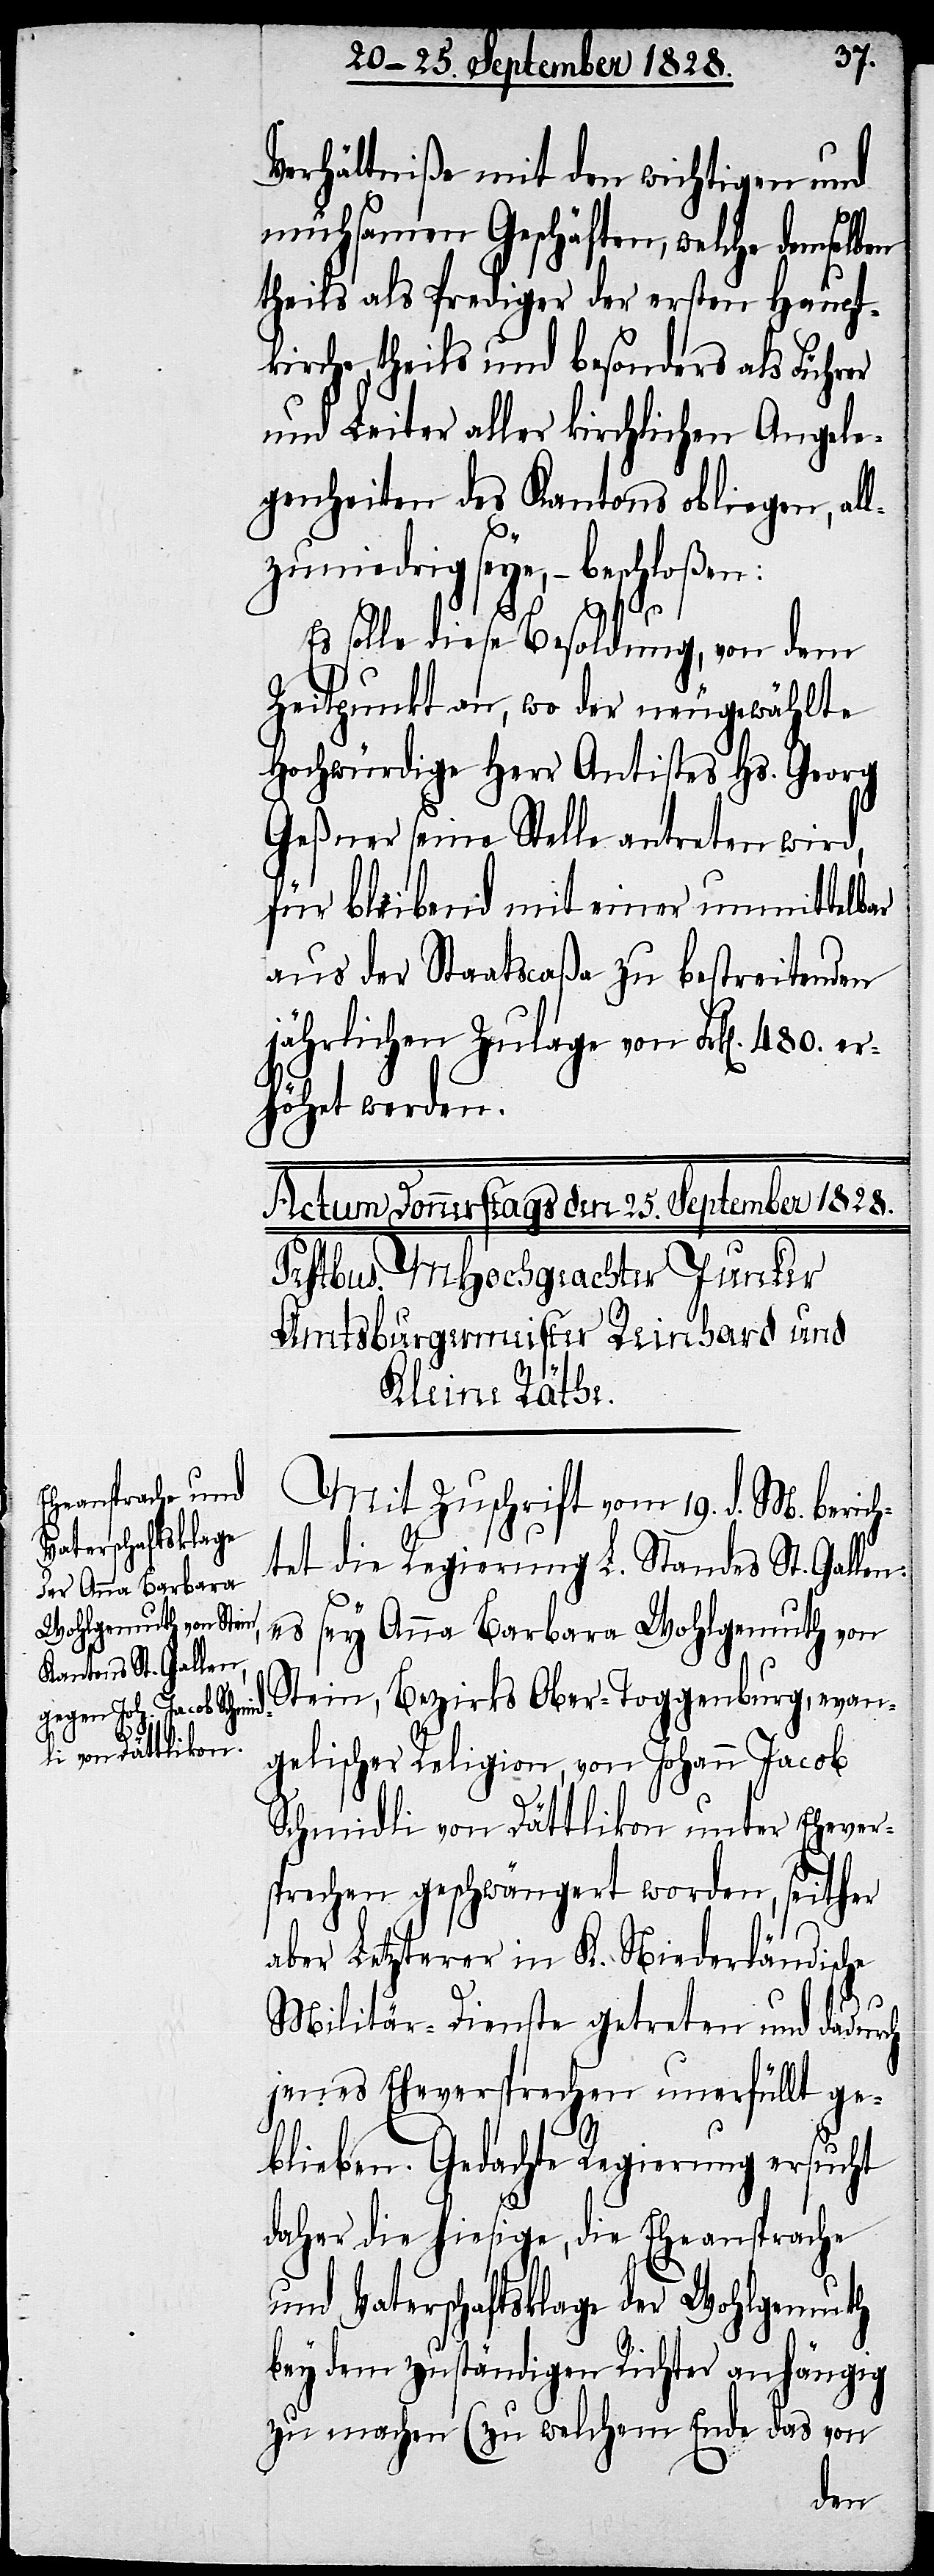
Verhältniße mit den wichtigen und
mühsamen Geschäften, welche demselb¬
theils als Prediger der ersten Haupt¬
kirche, theils und besonders als Führer
und Leiter aller kirchlichen Angele¬
genheiten des Kantons obliegen, al¬
lzuniedrig seye, – beschloßen:
Es solle diese Besoldung, von dem
Zeitpunct an, wo der neugewählte
Hochwürdige Herr Antistes Hs. Georg
Geßner seine Stelle antreten wird,
für bleibend mit einer unmittelbar
aus der Staatscaßa zu bestreitenden
jährlichen Zulage von Frk[en]. 480. er¬
höhet werden.
Mit Zuschrift vom 19. d. M. berich¬
tet die Regierung L. Standes St. Gallen:
es sey Anna Barbara Wohlgemuth von
Stein, Bezirks Ober-Toggenburg, evan¬
gelischer Religion, von Johann Jacob
Schmidli von Dättlikon unter Ehever¬
sprechen geschwängert worden, seither
aber Letzterer in K. Niederländische
Militär-Dienste getreten und dadurch
jenes Eheversprechen unerfüllt ge¬
blieben. Gedachte Regierung ersucht
daher die hiesige, die Eheansprache
und Vaterschaftsklage der Wohlgemuth
bey dem zuständigen Richter anhängig
zu machen (zu welchem Ende das von
en